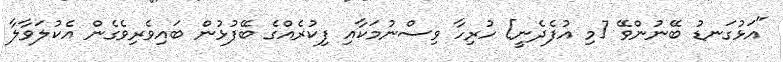
"އަޅުގަނޑު ބޭނުންވޭ [މި އުފެދެނީ] ހުރިހާ ވިސްނުމަކާއި ފިކުރެއްގެ ބޭފުޅުން ބައިވެރިވެގެން އެކުލަވާލާ